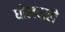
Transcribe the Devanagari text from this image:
घोलवाले